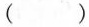
( )